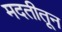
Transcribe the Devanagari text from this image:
मदतीतून